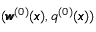
( { \pmb w } ^ { ( 0 ) } ( { \pmb x } ) , q ^ { ( 0 ) } ( { \pmb x } ) )